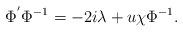
LaTeX: \begin{align*} \Phi^{'} \Phi^{-1} = -2i \lambda + u \chi \Phi^{-1} .\end{align*}